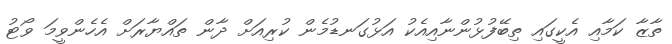
ތާޒާ ކަމާއި އެކީގައި ތިބޭފުޅުންނާއިއެކު އަޅުގަނޑުމެން ކުރިއަށް ދާން ތައްޔާރަށް އެހެންވީމަ ވޯޓު